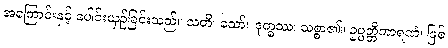
အကြောင်းနှင့် ပေါင်းယှဉ်ခြင်းသည်။ သတိ၊ သော်။ ဒုက္ခဿ၊ သစ္စာ၏။ ဥပ္ပတ္တိကာရဏံ၊ ဖြစ်